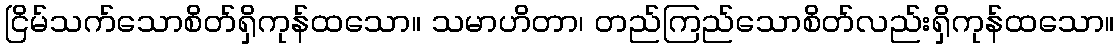
ငြိမ်သက်သောစိတ်ရှိကုန်ထသော။ သမာဟိတာ၊ တည်ကြည်သောစိတ်လည်းရှိကုန်ထသော။